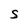
Character: S